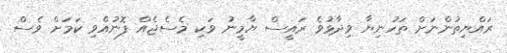
ރައްޔިތުންނަށް ތަހުނިޔާ ވިދާޅުވެ ރައީސް ޔާމީނު ވަކި މެސެޖެއް ފޮނުއްވި ކަމަށް ވެސް